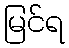
မြင်ရ